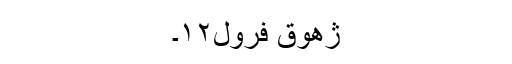
ژھوق فرول۱۲۔